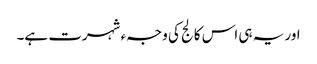
اور یہ ہی اس کالج کی وجہء شہرت ہے۔